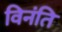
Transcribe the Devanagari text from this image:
विनंति